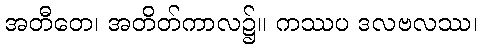
အတီတေ၊ အတိတ်ကာလ၌။ ကဿပ ဒလဗလဿ၊